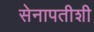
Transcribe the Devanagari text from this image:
सेनापतीशी